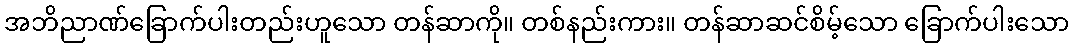
အဘိညာဏ်ခြောက်ပါးတည်းဟူသော တန်ဆာကို။ တစ်နည်းကား။ တန်ဆာဆင်စိမ့်သော ခြောက်ပါးသော